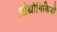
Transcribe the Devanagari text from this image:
प्रौद्योगिकियॉ